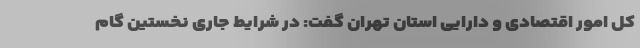
کل امور اقتصادی و دارایی استان تهران گفت: در شرایط جاری نخستین گام